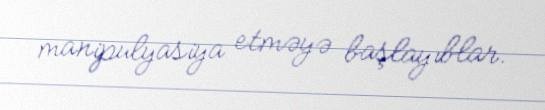
manipulyasiya etməyə başlayıblar.